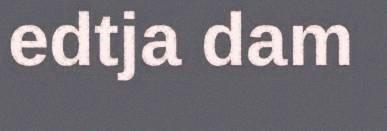
edtja dam